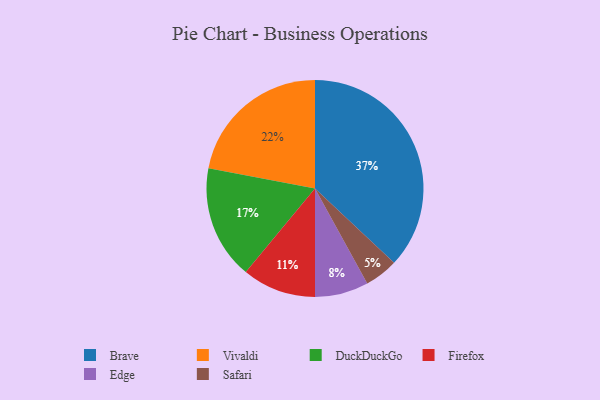
{"axis": {"x": "Category", "y": "Percentage"}, "legend": ["Brave", "DuckDuckGo", "Edge", "Firefox", "Safari", "Vivaldi"], "data": [{"x": "Brave", "y": 37, "type": "Brave"}, {"x": "Edge", "y": 8, "type": "Edge"}, {"x": "Vivaldi", "y": 22, "type": "Vivaldi"}, {"x": "DuckDuckGo", "y": 17, "type": "DuckDuckGo"}, {"x": "Safari", "y": 5, "type": "Safari"}, {"x": "Firefox", "y": 11, "type": "Firefox"}]}